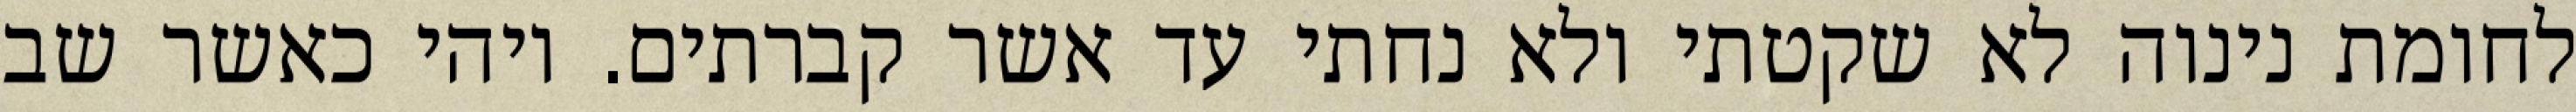
לחומת נינוה לא שקטתי ולא נחתי עד אשר קברתים. ויהי כאשר שב